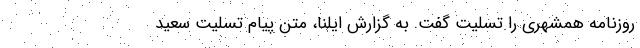
روزنامه همشهری را تسلیت گفت. به گزارش ایلنا، متن پیام تسلیت سعید